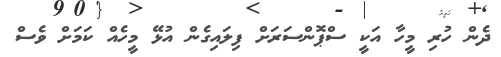
ދެން ހުރި މީހާ އަކީ ސްޕޮންސަރަށް ފިލައިގެން އުޅޭ މީހެއް ކަމަށް ވެސް